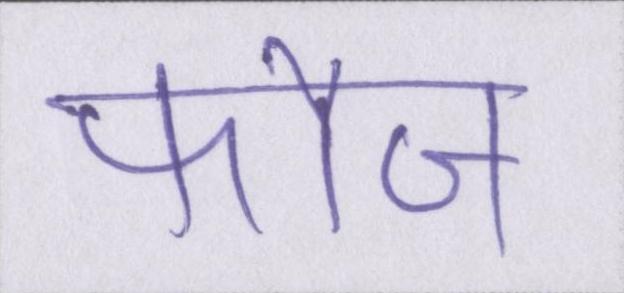
फौज